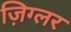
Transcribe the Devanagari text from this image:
ज़िग्लर